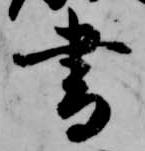
書